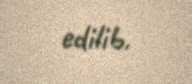
edilib.